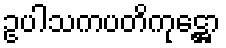
ဥပါသကပတိကုဋ္ဌော